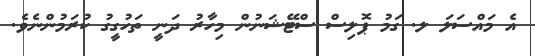
އެ މައްސަލަ ލ. ގަމު ޕޮލިސް ސްޓޭޝަނުން މިހާރު ދަނީ ތަހުގީގު ކުރަމުންނެވެ.